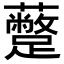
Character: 𮜣